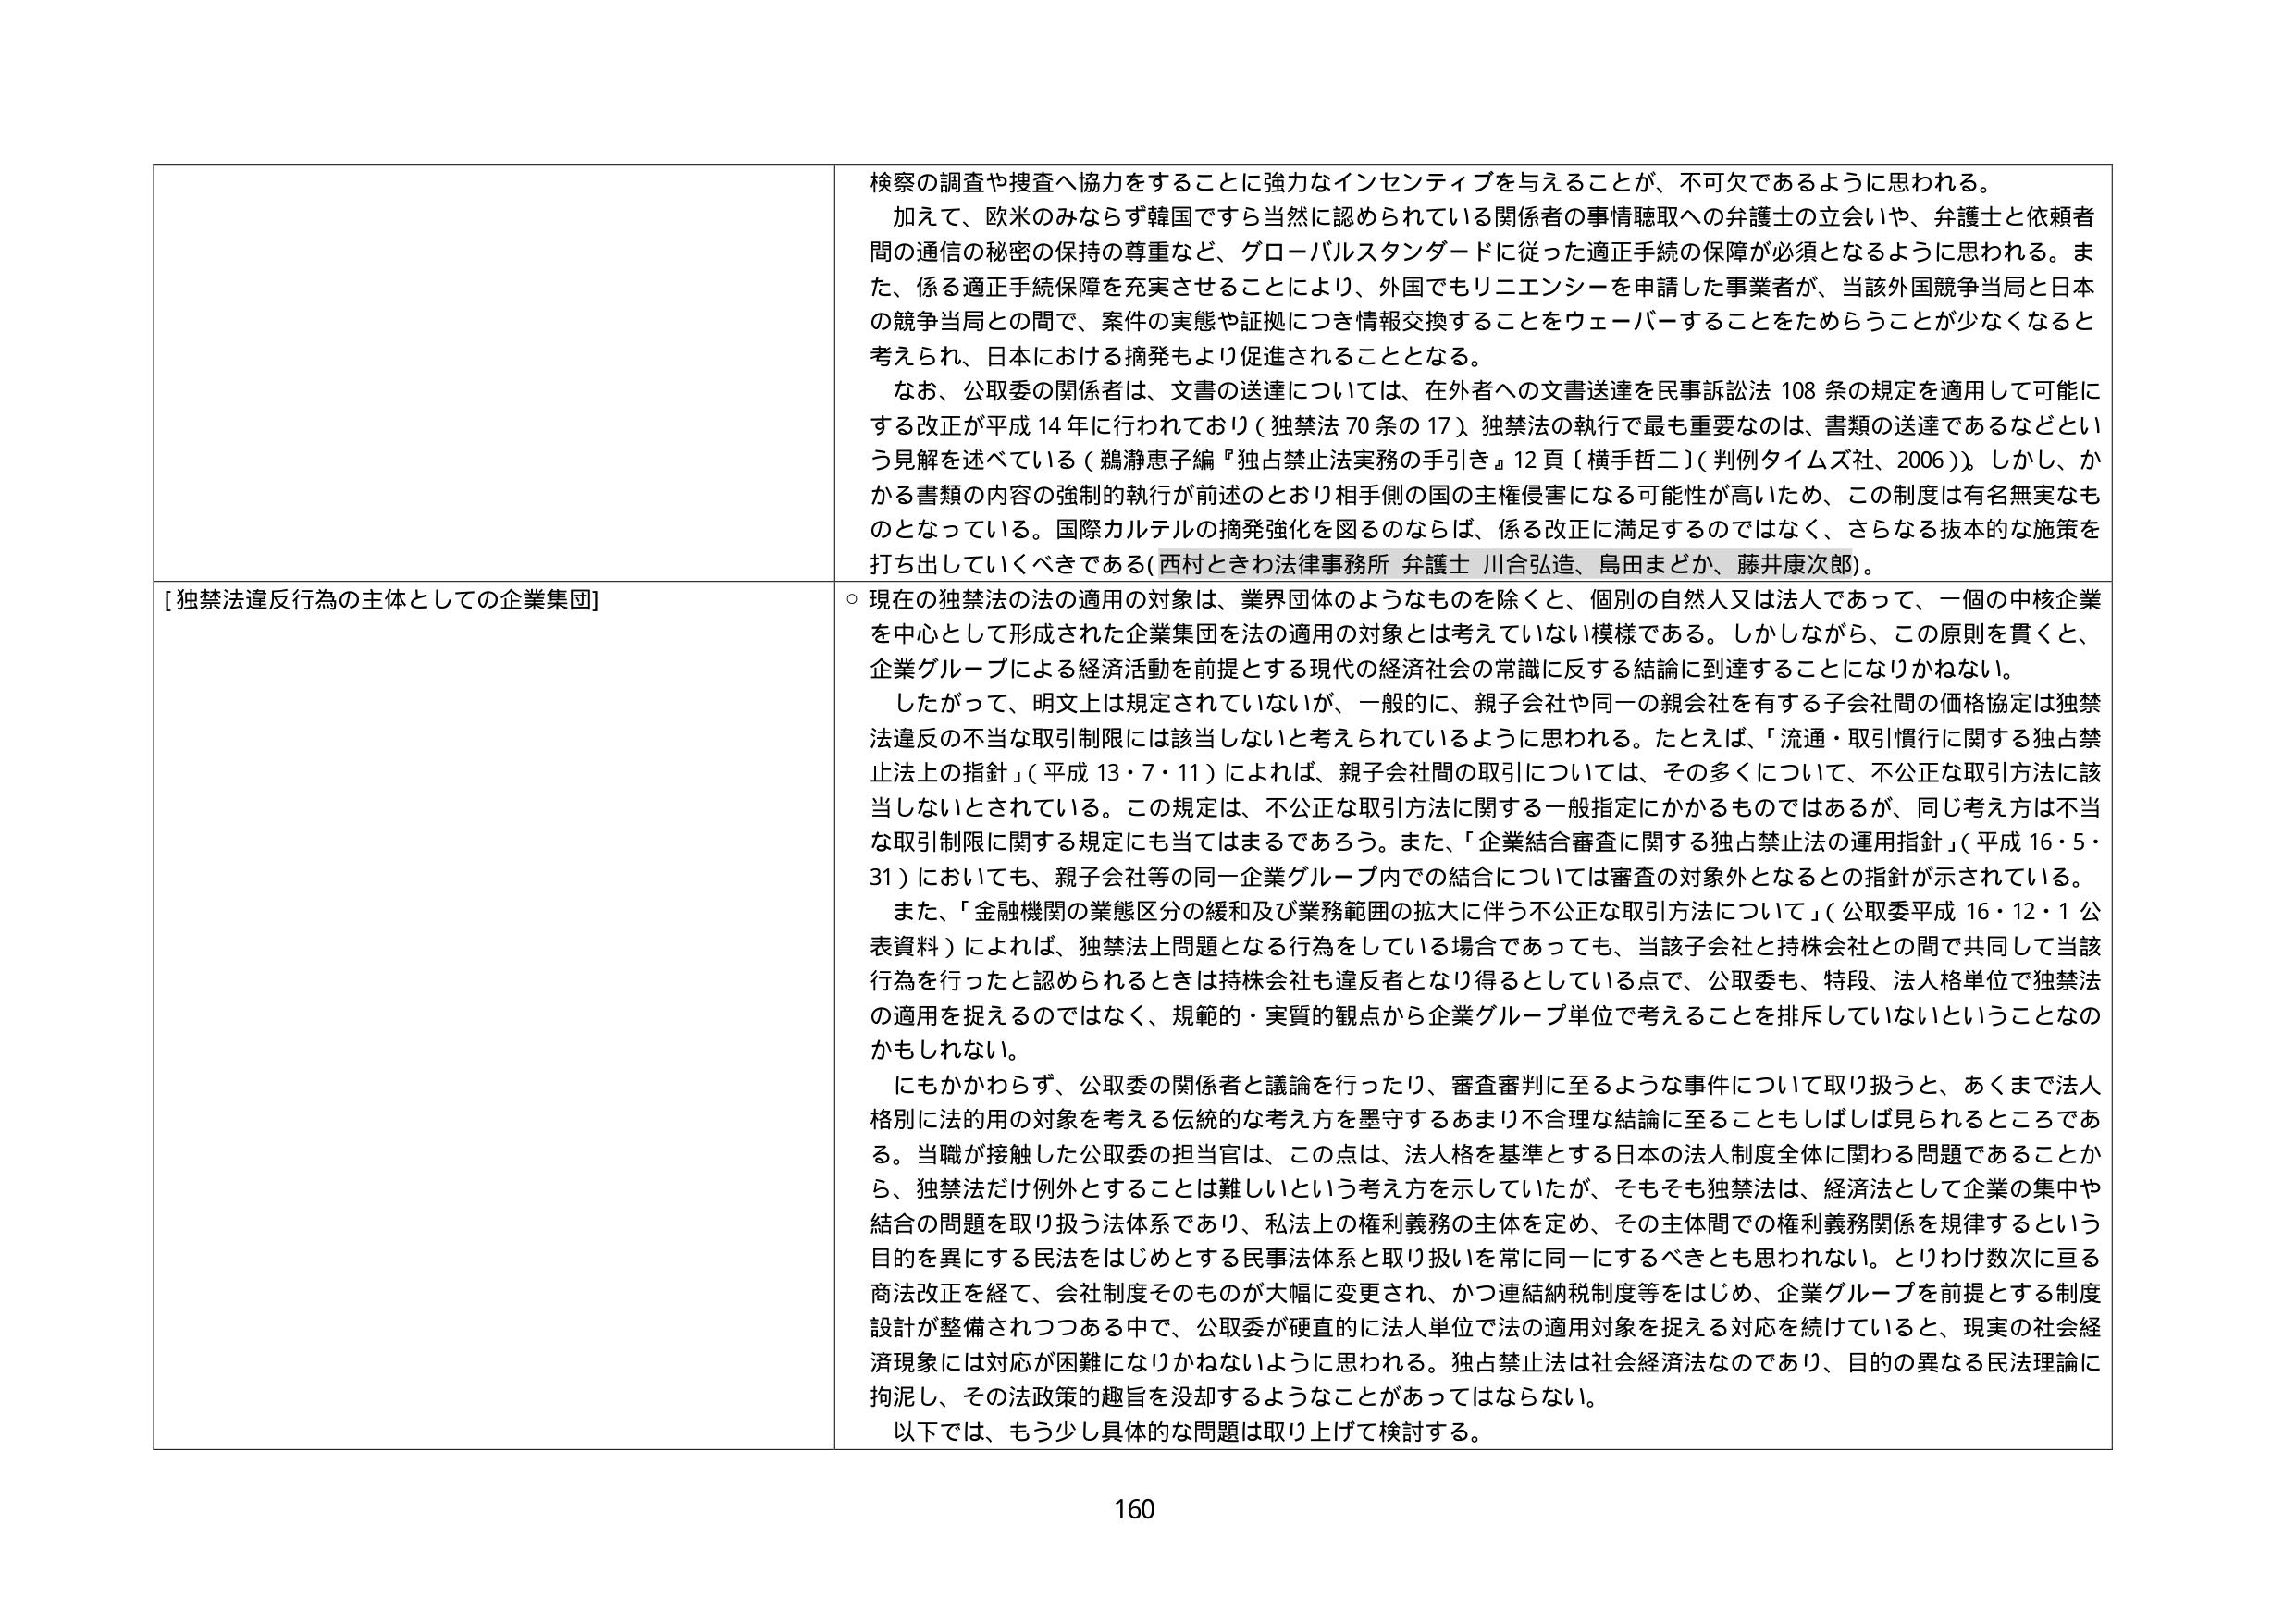
検察の調査や捜査へ協力をすることに強力なインセンティブを与えることが、不可欠であるように思われる。
加えて、欧米のみならず韓国ですら当然に認められている関係者の事情聴取への弁護士の立会いや、弁護士と依頼者間の通信の秘密の保持の尊重など、グローバルスタンダードに従った適正手続の保障が必須となるように思われる。また、係る適正手続保障を充実させることにより、外国でもリニエンシーを申請した事業者が、当該外国競争当局と日本の競争当局との間で、案件の実態や証拠につき情報交換することをウェーバーすることをためらうことが少なくなると考えられ、日本における摘発もより促進されることとなる。
なお、公取委の関係者は、文書の送達については、在外者への文書送達を民事訴訟法108条の規定を適用して可能にする改正が平成14年に行われており（独禁法70条の17）、独禁法の執行で最も重要なのは、書類の送達であるなどという見解を述べている（鵜瀬恵子編『独占禁止法実務の手引き』12頁〔横手哲二〕（判例タイムズ社、2006））。しかし、かかる書類の内容の強制的執行が前述のとおり相手側の国の主権侵害になる可能性が高いため、この制度是有名無実なものとなっている。国際カルテルの摘発強化を図るのならば、係る改正に満足するのではなく、さらなる抜本的な施策を打ち出していくべきである（西村ときわ法律事務所 弁護士 川合弘造、島田まどか、藤井康次郎）。

[独禁法違反行為の主体としての企業集団]
○ 現在の独禁法の法の適用の対象は、業界団体のようなものを除くと、個別の自然人又は法人であって、一個の中核企業を中心として形成された企業集団を法の適用の対象とは考えていない模様である。しかしながら、この原則を貫くと、企業グループによる経済活動を前提とする現代の経済社会の常識に反する結論に到達することになりかねない。
したがって、明文上は規定されていないが、一般的に、親子会社や同一の親会社を有する子会社間の価格協定は独禁法違反の不当な取引制限には該当しないと考えられているように思われる。たとえば、「流通・取引慣行に関する独占禁止法上の指針」（平成13・7・11）によれば、親子会社間の取引については、その多くについて、不公正な取引方法に該当しないとされている。この規定は、不公正な取引方法に関する一般指定にかかるものではあるが、同じ考え方は不当な取引制限に関する規定にも当てはまるであろう。また、「企業結合審査に関する独占禁止法の運用指針」（平成16・5・31）においても、親子会社等の同一企業グループ内での結合については審査の対象外となるとの指針が示されている。
また、「金融機関の業態区分の緩和及び業務範囲の拡大に伴う不公正な取引方法について」（公取委平成16・12・1公表資料）によれば、独禁法上問題となる行為をしている場合であっても、当該子会社と持株会社との間で共同して当該行為を行ったと認められるときは持株会社も違反者となり得るとしている点で、公取委も、特段、法人格単位で独禁法の適用を捉えるのではなく、規範的・実質的観点から企業グループ単位で考えることを排斥していないということなのかもしれない。
にもかかわらず、公取委の関係者と議論を行ったり、審査審判に至るような事件について取り扱うと、あくまで法人格別に法的用の対象を考える伝統的な考え方を墨守するあまり不合理な結論に至ることもしばしば見られるところである。当職が接触した公取委の担当官は、この点は、法人格を基準とする日本の法人制度全体に関わる問題であることから、独禁法だけ例外とすることは難しいという考え方を示していたが、そもそも独禁法は、経済法として企業の集中や結合の問題を取り扱う法体系であり、私法上の権利義務の主体を定め、その主体間での権利義務関係を規律するという目的を異にする民法をはじめとする民事法体系と取り扱いを常に同一にするべきとも思われない。とりわけ数次に亘る商法改正を経て、会社制度そのものが大幅に変更され、かつ連結納税制度等をはじめ、企業グループを前提とする制度設計が整備されつつある中で、公取委が硬直的に法人単位で法の適用対象を捉える対応を続けていると、現実の社会経済現象には対応が困難になりかねないように思われる。独占禁止法は社会経済法なのであり、目的の異なる民法理論に拘泥し、その法政策的趣旨を没却するようなことがあってはならない。
以下では、もう少し具体的な問題は取り上げて検討する。

160